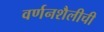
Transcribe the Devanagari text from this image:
वर्णनशैलीची